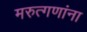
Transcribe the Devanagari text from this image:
मरुत्गणांना